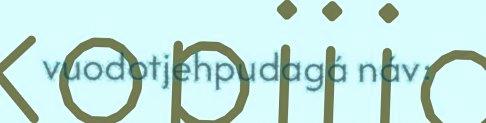
vuodotjehpudagá náv: